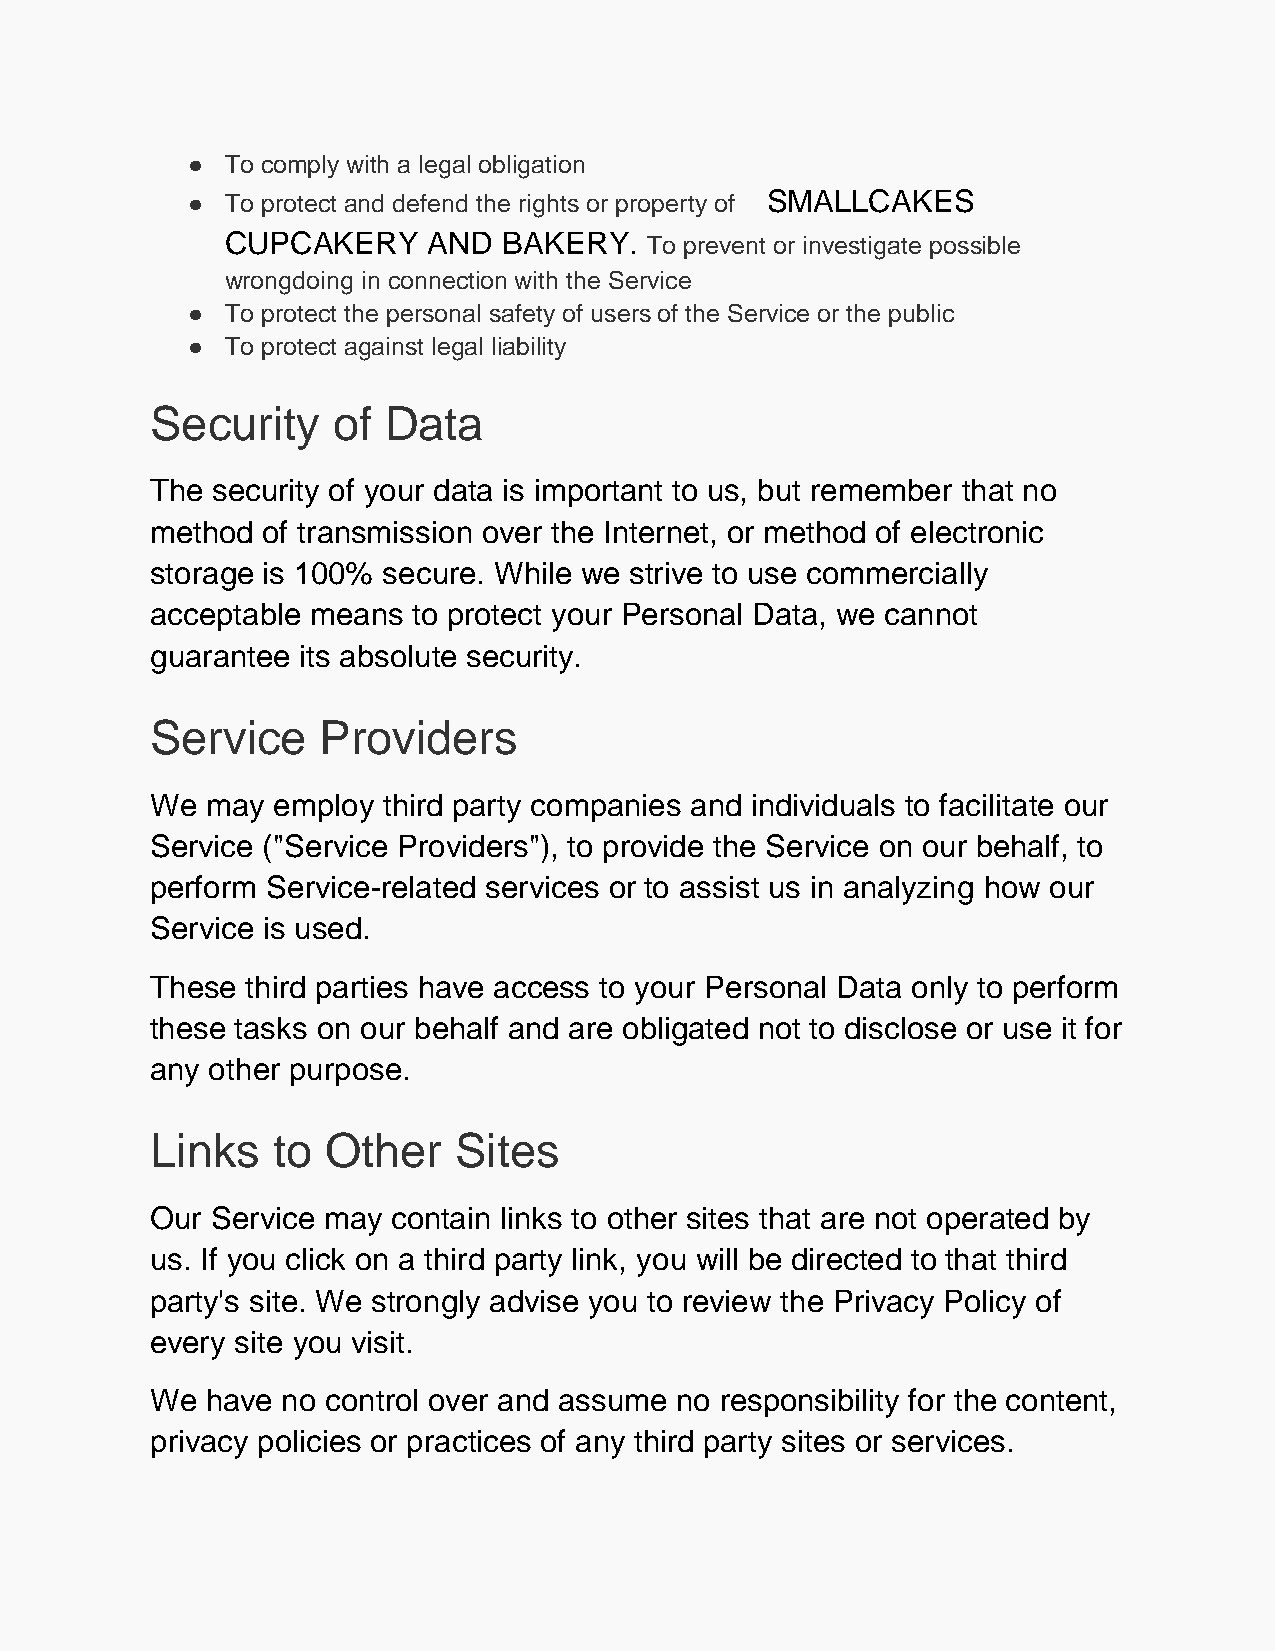
●  To comply with a legal obligation
 ●  To protect and defend the rights or property of SMALLCAKES
 CUPCAKERY    AND  BAKERY.   To prevent or investigate possible
 wrongdoing in connection with the Service
 ●  To protect the personal safety of users of the Service or the public
 ●  To protect against legal liability
 Security    of Data
 The security of your data is important to us, but remember that no
 method of transmission over the Internet, or method of electronic
 storage is 100% secure. While we strive to use commercially
 acceptable means to protect your Personal Data, we cannot
 guarantee its absolute security.
 Service    Providers
 We  may employ third party companies and individuals to facilitate our
 Service ("Service Providers"), to provide the Service on our behalf, to
 perform Service-related services or to assist us in analyzing how our
 Service is used.
 These third parties have access to your Personal Data only to perform
 these tasks on our behalf and are obligated not to disclose or use it for
 any other purpose.
 Links   to  Other   Sites
 Our Service may contain links to other sites that are not operated by
 us. If you click on a third party link, you will be directed to that third
 party's site. We strongly advise you to review the Privacy Policy of
 every site you visit.
 We  have no control over and assume no responsibility for the content,
 privacy policies or practices of any third party sites or services.